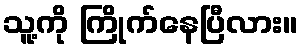
သူ့ကို ကြိုက်နေပြီလား။